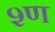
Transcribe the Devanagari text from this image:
श्ण